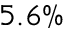
5 . 6 \%